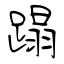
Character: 蹋